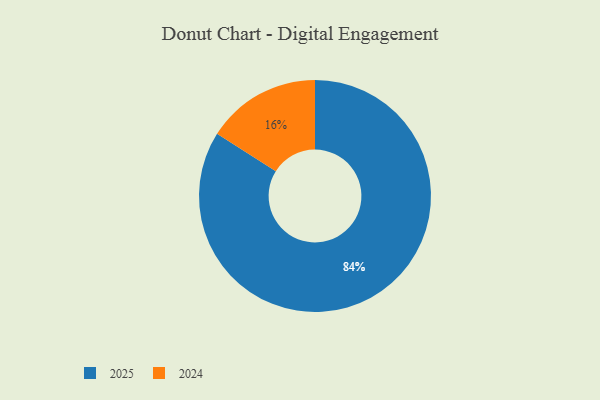
{"axis": {"x": "Category", "y": "Percentage"}, "legend": ["2024", "2025"], "data": [{"x": "2024", "y": 16, "type": "2024"}, {"x": "2025", "y": 84, "type": "2025"}]}